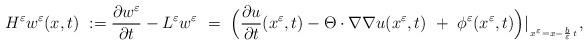
LaTeX: \begin{align*}H^{\varepsilon} w^{\varepsilon}(x,t) \ := \frac{\partial w^\varepsilon}{\partial t} - L^{\varepsilon} w^\varepsilon \ = \ \Big(\frac{\partial u}{\partial t}(x^\varepsilon,t) - \Theta \cdot \nabla \nabla u(x^\varepsilon,t) \ + \ \phi^\varepsilon(x^\varepsilon,t)\Big)|_{_{\, x^\varepsilon = x - \frac{b}{\varepsilon} \, t}},\end{align*}